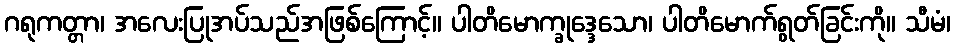
ဂရုကတ္တာ၊ အလေးပြုအပ်သည်အဖြစ်ကြောင့်။ ပါတိမောက္ခုဒ္ဒေသော၊ ပါတိမောက်ရွတ်ခြင်းကို။ သီမံ၊